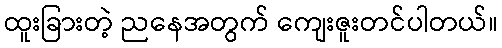
ထူးခြားတဲ့ ညနေအတွက် ကျေးဇူးတင်ပါတယ်။